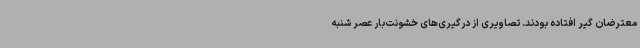
معترضان گیر افتاده بودند. تصاویری از درگیری‌های خشونت‌بار عصر شنبه